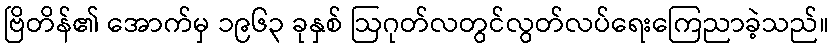
ဗြိတိန်၏ အောက်မှ ၁၉၆၃ ခုနှစ် ဩဂုတ်လတွင်လွတ်လပ်ရေးကြေညာခဲ့သည်။